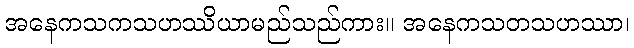
အနေကသကသဟဿိယာမည်သည်ကား။ အနေကသတသဟဿာ၊